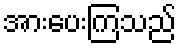
အားပေးကြသည်